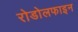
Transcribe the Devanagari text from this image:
रोडोलफाइन